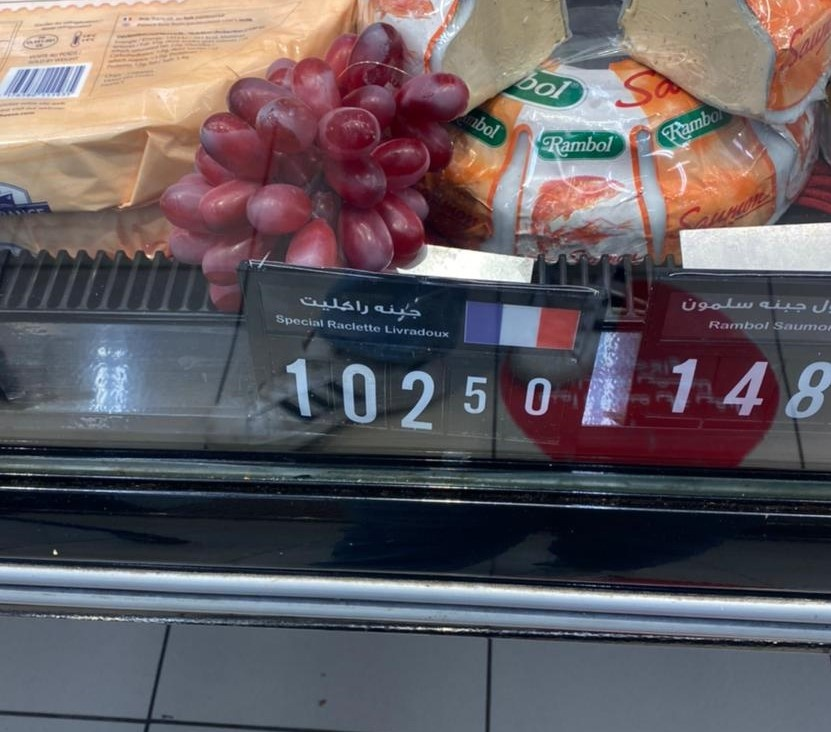
Text in image: سلمون راكليت جبنه جبنه Rambol 148 102 5 0